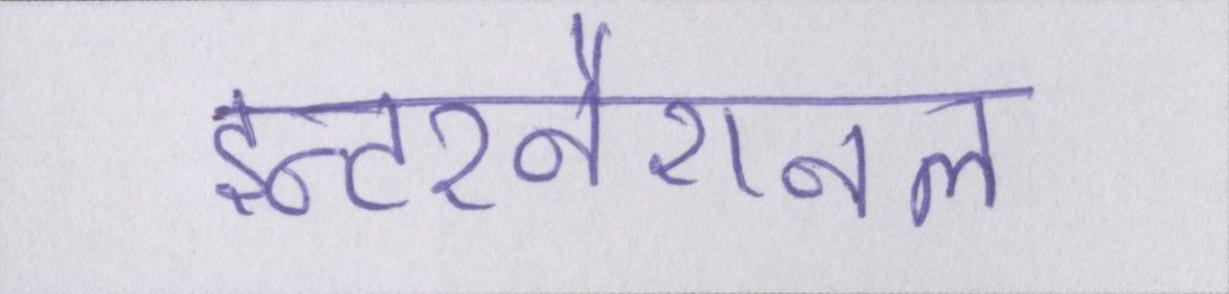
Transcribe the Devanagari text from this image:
इन्टरनैशनल